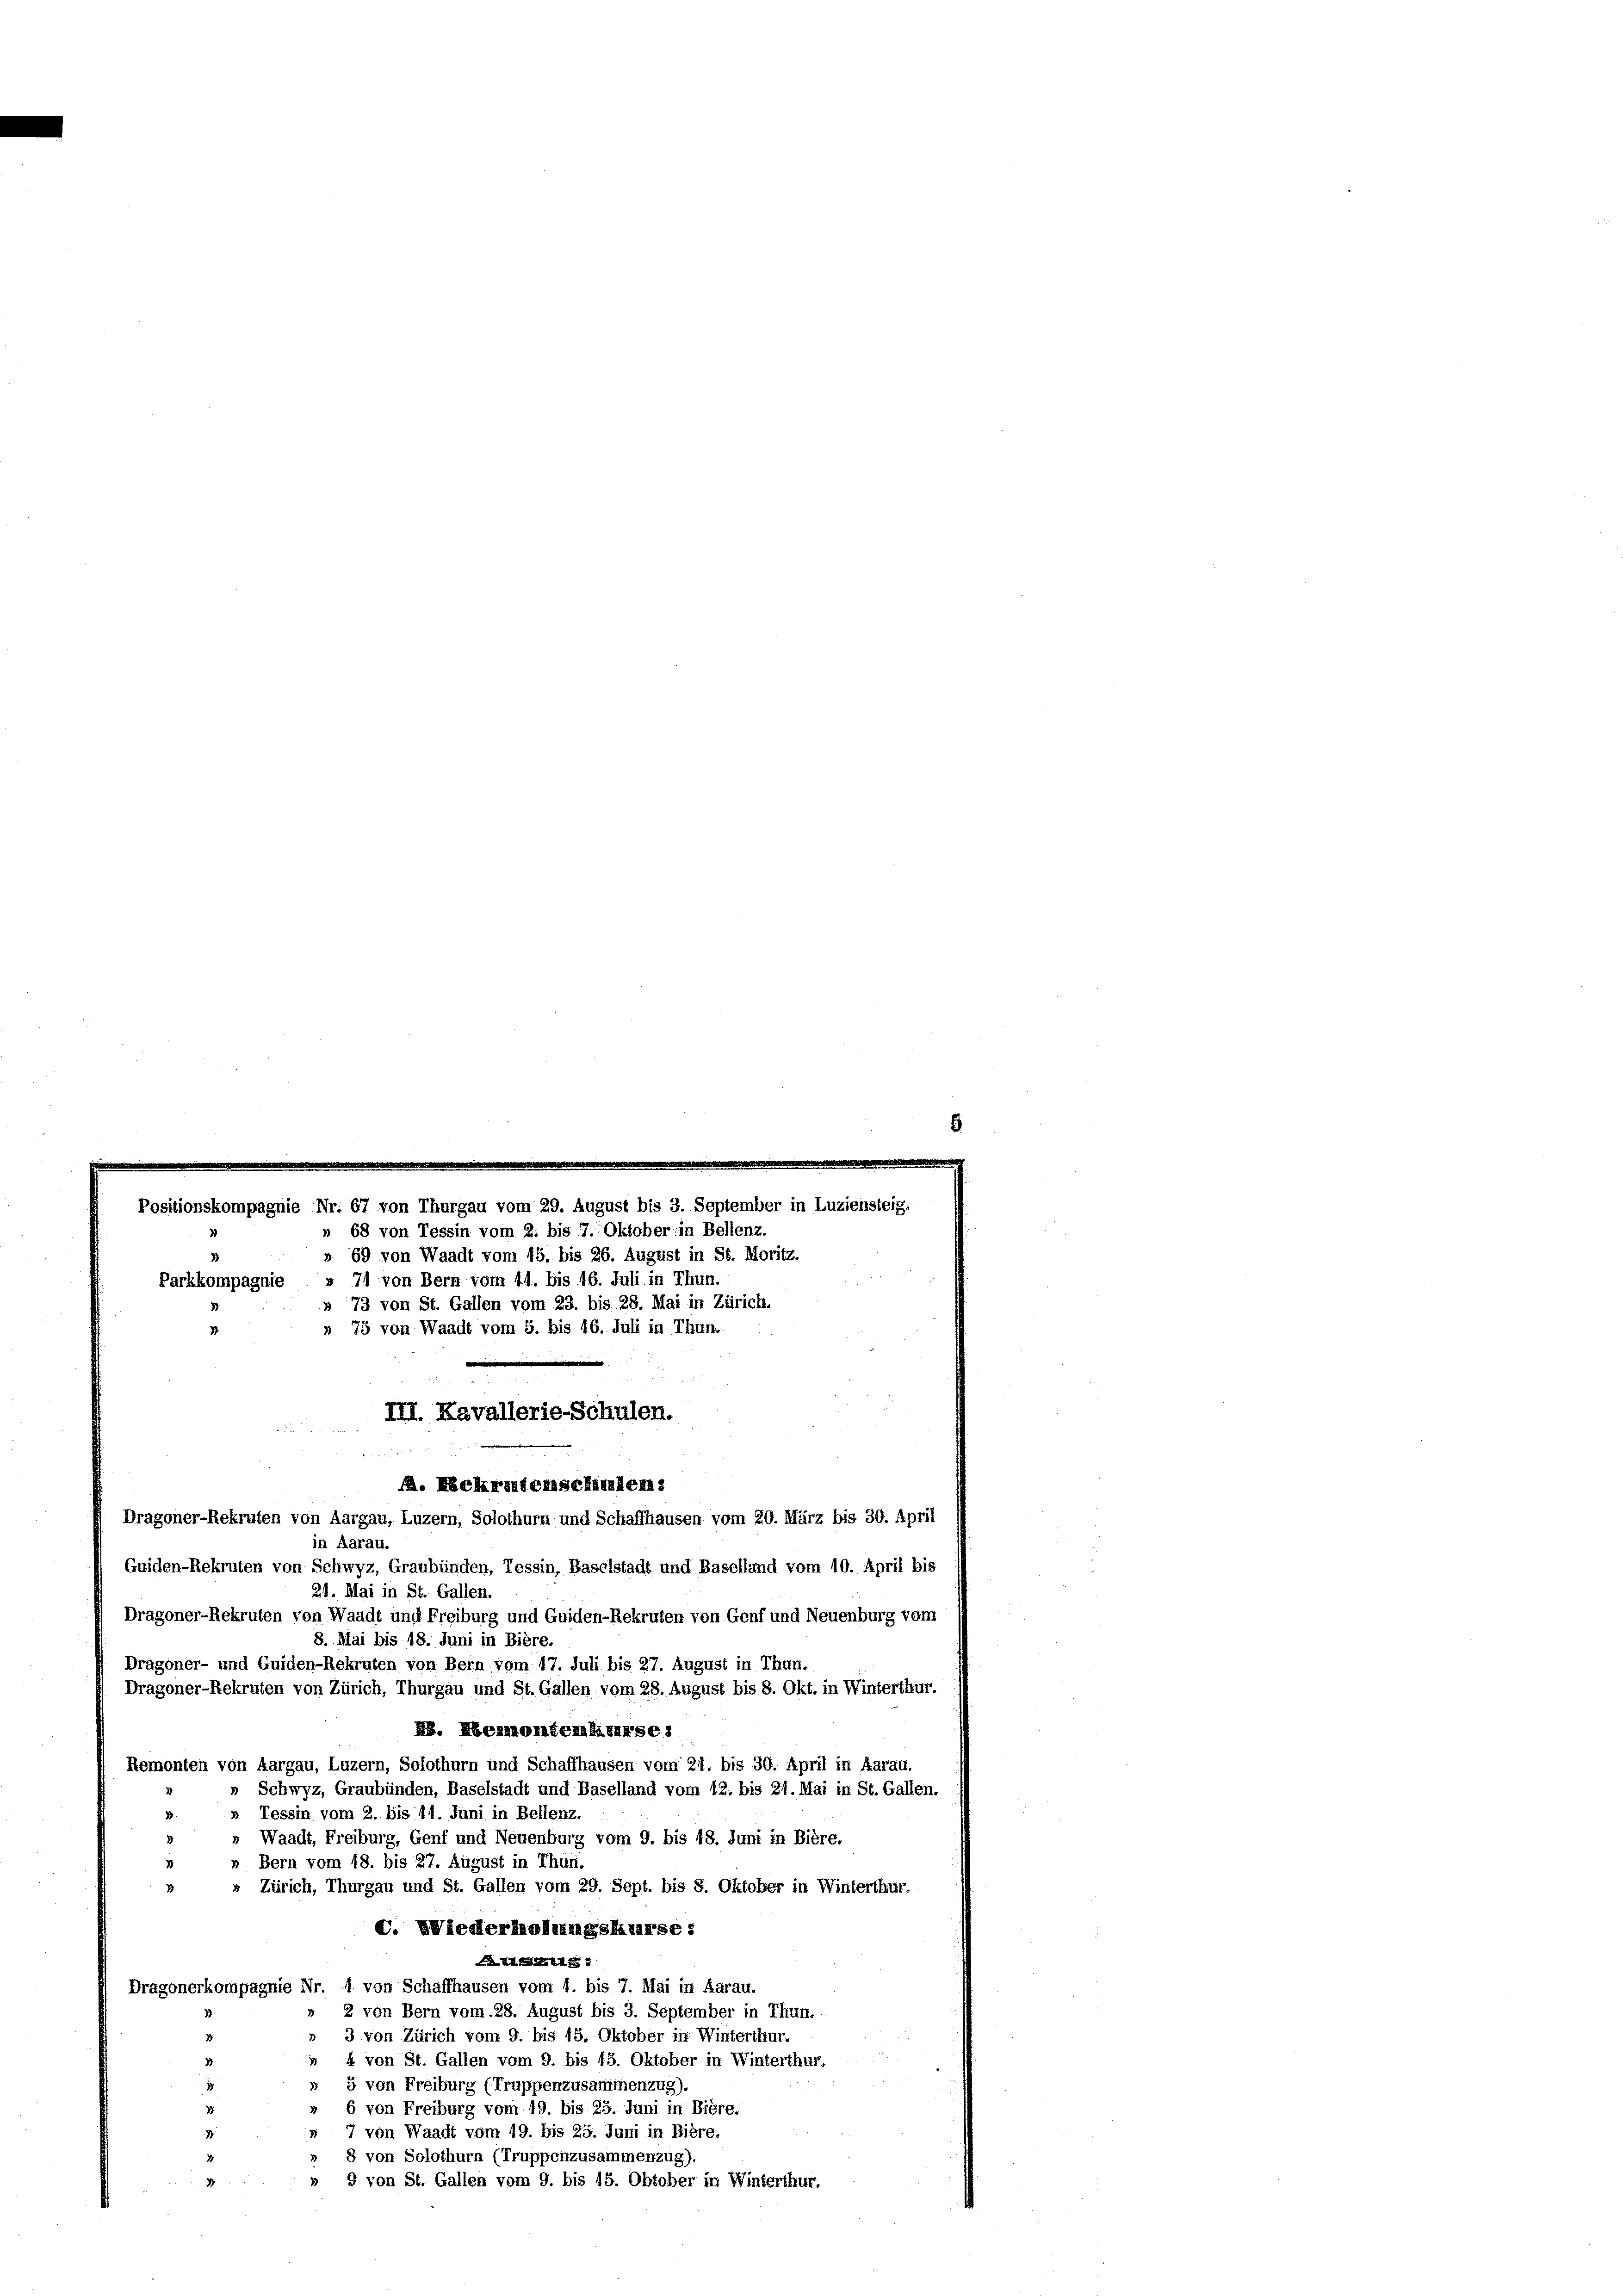
Positionskompagnie Nr. 67 von Thurgau vom 29. August bis 3. September in Luzieh
» 68 von Tessin vom 2. bis 7. Oktober in Bellenz.

» 69 von Waadt vom 15. bis 26. August in St. Moritz.
Parkkompagnie » 71 von Bern vom 11. bis 16. Juli in Thun.
» 73 von St. Gallen vom 23. bis 28. Mai in Zürich.
» 75 von Waadt vom 5. bis 16. Juli in Thur
III. Kavallerie-Schulen.

A. Schreitenschten:
Dragoner-Rekruten von Aargau, Luzern, Solothurn und Schaffhausen vom 20. März bis 30. April
in Aarau.
Guiden-Rekruten von Schwyz, Graubünden, Tessin, Baselstadt und Baselland vom 10. April bis
24. Mai in St. Gallen.
Dragoner-Rekruten von Waadt und Freiburg und Guiden-Rekruten von Genf und Neuenburg vom
8. Mai bis 48. Juni in Bière.
Dragoner- und Guiden-Rekruten von Bern vom 17. Juli bis 27. August in Thun.
Dragoner-Rekruten von Zürich, Thurgau und St. Gallen vom 28. August bis 8. Okt. in Winterthur.
H. Heumonterliberse
Remonten von Aargau, Luzern, Solothurn und Schaffhausen vom 21. bis 30. April in Aarau.
Schwyz, Graubünden, Baselstadt und Baselland vom 12. bis 21. Mai in St. Gallen.
» Tessin vom 2. bis 11. Juni in Bellenz.
» Waadt, Freiburg, Genf und Neuenburg vom 9. bis 18. Juni in Bière.
» Bern vom 18. bis 27. August in Thun.
» Zürich, Thurgau und St. Gallen vom 29. Sept. bis 8. Oktober in Winterthur.
C. Wiederholungskurse:
XXXII
Dragonerkompagnie Nr. 1 von Schaffhausen vom 1. bis 7. Mai in Aarau.
» 2 von Bern vom 28. August bis 3. September in Thun.
» 3 von Zürich vom 9. bis 15. Oktober in Winterthur.
 4 von St. Gallen vom 9. bis 15. Oktober in Winterthur.
» 5 von Freiburg (Truppenzusammenzug).
6 von Freiburg vom 19. bis 25. Juni in Bière.
1
» 7 von Waadt vom 19. bis 25. Juni in Bière.
1
» 8 von Solothurn (Truppenzusammenzug).
» 9 von St. Gallen vom 9. bis 15. Obtober in Winterthur.
1